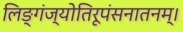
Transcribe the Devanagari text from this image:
लिङ्गंज्योतिरूपंसनातनम्।